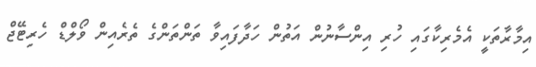
އިމާރާތަކީ އެމެރިކާގައި ހުރި އިންސާނުން އަތުން ހަދާފައިވާ ތަންތަންގެ ތެރެއިން ވޯލްޑް ހެރިޓޭޖް